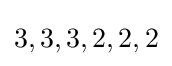
3,3,3,2,2,2